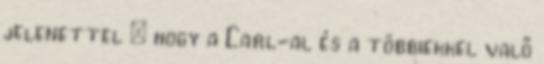
jelenettel – hogy a Carl-al és a többiekkel valő